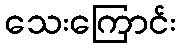
သေးကြောင်း